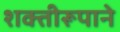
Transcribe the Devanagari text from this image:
शक्तीरूपाने